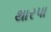
થારપા